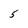
Character: 5